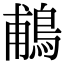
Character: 鵏